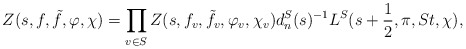
\begin{align*}Z(s, f, \tilde{f}, \varphi, \chi)=\prod_{v\in S}Z(s, f_v, \tilde{f}_v, \varphi_v, \chi_v)d_n^S(s)^{-1}L^S(s+\frac{1}{2},\pi, St,\chi),\end{align*}